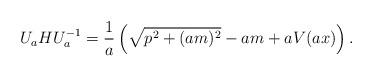
LaTeX: \begin{align*} U_a H U_a^{-1} = \frac{1}{a} \left(\sqrt{p^2+(am)^2}-am + aV(ax) \right).\end{align*}